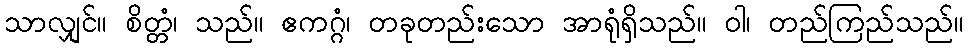
သာလျှင်။ စိတ္တံ၊ သည်။ ဧကဂ္ဂံ၊ တခုတည်းသော အာရုံရှိသည်။ ဝါ၊ တည်ကြည်သည်။